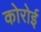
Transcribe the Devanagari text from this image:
कोरोई